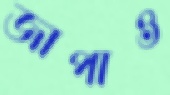
জাপাও